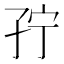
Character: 𰌥